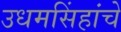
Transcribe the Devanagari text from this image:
उधमसिंहांचे